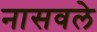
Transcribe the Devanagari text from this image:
नासवले